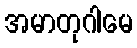
အမာတုဂါမေ